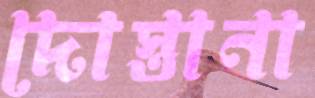
দোস্তানা